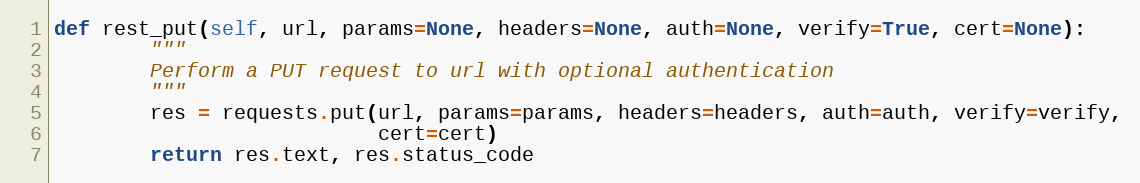
Language: Python
def rest_put(self, url, params=None, headers=None, auth=None, verify=True, cert=None):
        """
        Perform a PUT request to url with optional authentication
        """
        res = requests.put(url, params=params, headers=headers, auth=auth, verify=verify,
                           cert=cert)
        return res.text, res.status_code